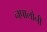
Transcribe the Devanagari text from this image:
नपालोनी